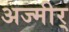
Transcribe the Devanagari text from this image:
अज्मीर्